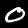
Digit: 0